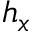
h _ { x }